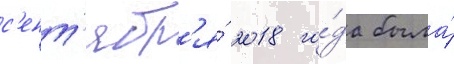
с'ент'ябр'я́ 2018 го́да была́